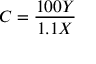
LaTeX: C = { \frac { 1 0 0 Y } { 1 . 1 X } }